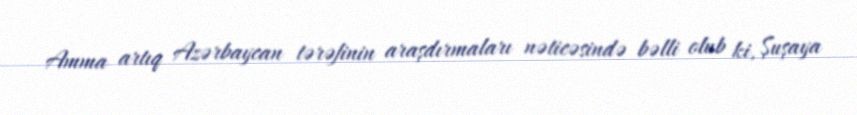
Amma artıq Azərbaycan tərəfinin araşdırmaları nəticəsində bəlli olub ki, Şuşaya